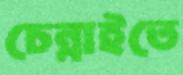
চেন্নাইতে